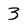
Character: 3